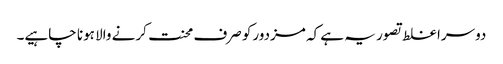
دوسرا غلط تصور یہ ہے کہ مزدورکو صرف محنت کرنے والا ہونا چاہیے۔